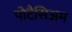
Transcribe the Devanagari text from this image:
पोटैसिअम